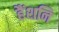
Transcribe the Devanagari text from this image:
हैंशनि